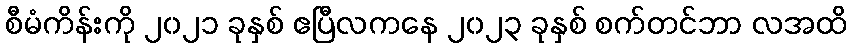
စီမံကိန်းကို ၂၀၂၁ ခုနှစ် ဧပြီလကနေ ၂၀၂၃ ခုနှစ် စက်တင်ဘာ လအထိ